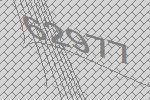
62977